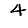
Digit: 4